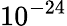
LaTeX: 10^{-24}